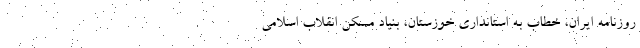
روزنامه ایران، خطاب به استانداری خوزستان، بنیاد مسکن انقلاب اسلامی